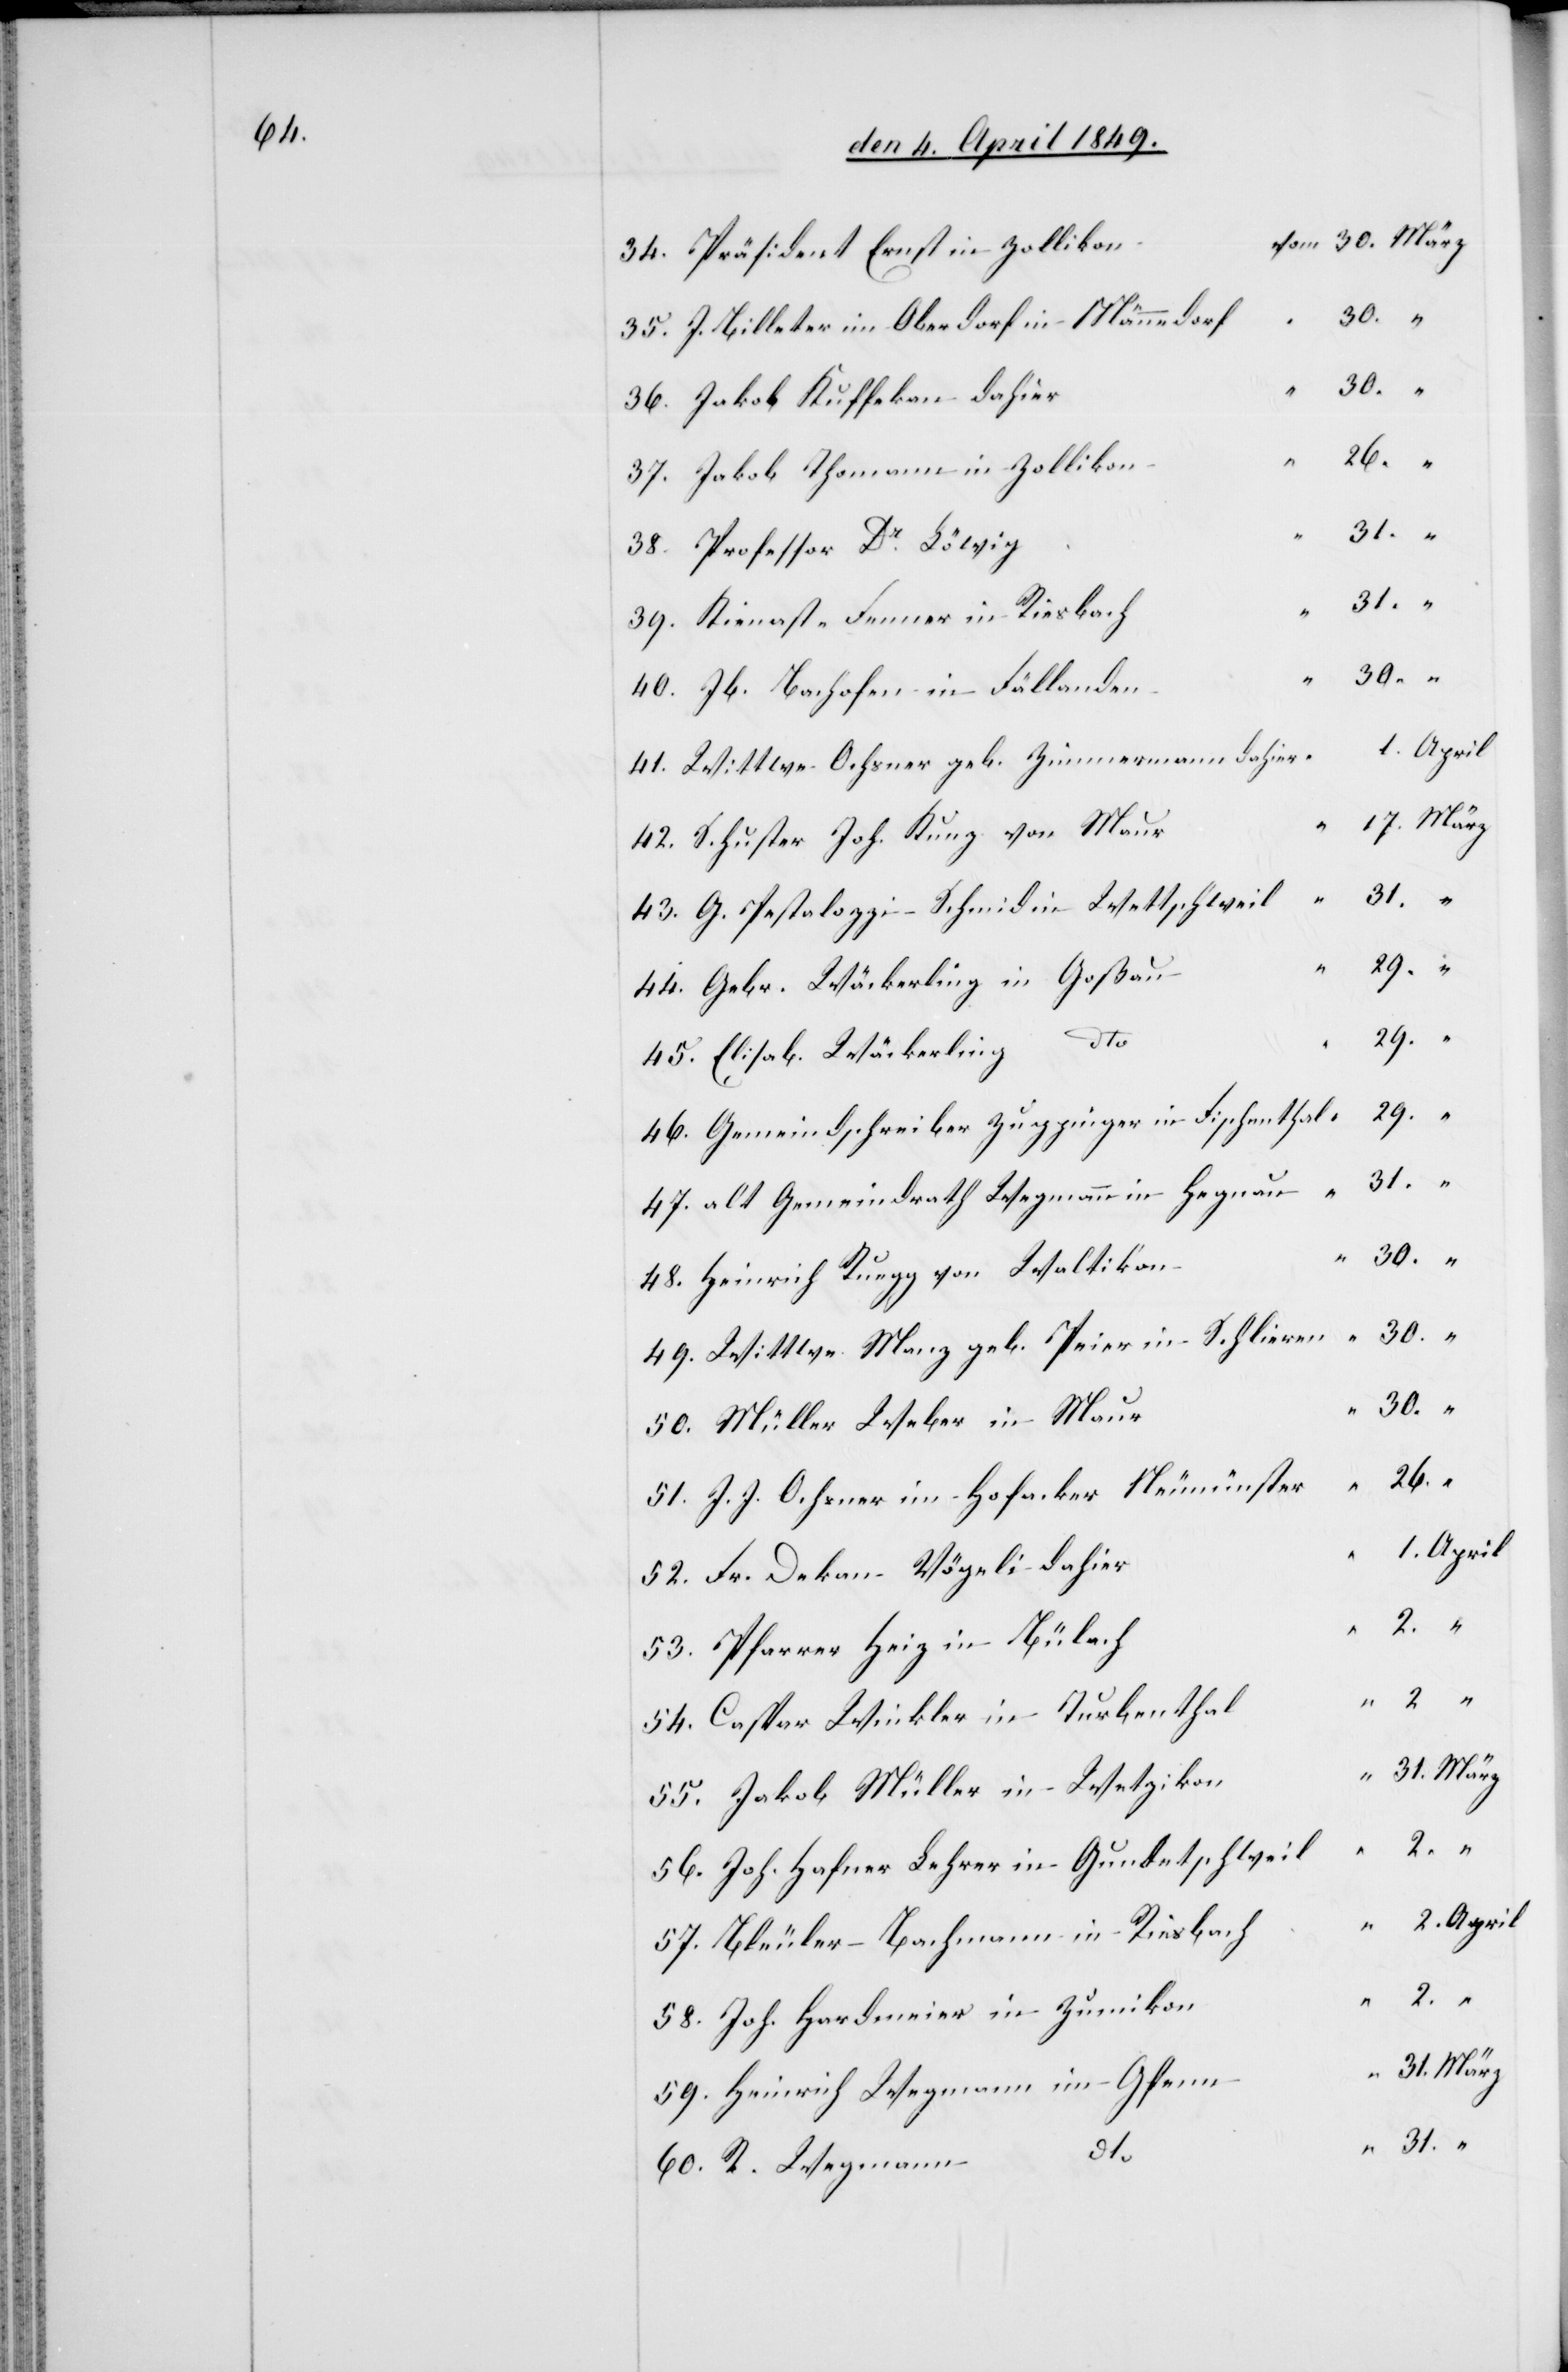
34. Präsident Ernst in Zolliko¬
35. J. Billeter in Oberdorf in Männedor¬
37. Jakob Thomann in Zolliko¬
39. Kienast-Fenner in Riesbac¬
40. Jb. Bachofen in Fällande¬
41. Wittwe Ochsner geb. Zimmermann dahie¬
42. Schuster Joh. Kunz von Mau¬
43. G. Pestalozzi in Schmid in Wettschwei¬
44. Gebr. Wäckerling in Goßa¬
45. Elisab. Wäkerling
46. Gemeindschreiber Zuppinger in Fischentha¬
47. alt Gemeindrath Wegmann in Hegna¬
48. Heinrich Ruegg von Waltiko¬
49. Wittwe Manz geb. Speier in Schliere¬
50. Müller Weber in
51. J. J. Ochsner im Hofanker Neumünste¬
52. Fr. Dekan Vögeli dahie¬
53. Pfarrer Heiz in Bülac¬
54. Caspar Winkler in Turbentha¬
55. Jakob Müller in Wetziko¬
56. Joh. Hafner Lehrer in Gundetschwei¬
57. Bleuler-Bachmann in Riesbac¬
58. Joh. Hardmeier in Zumiko¬
59. Heinrich Wegmann im Gfen¬
60. R. Wegmann

n	vom	30.	März
h	“	2.	April
n	“	2.		“
38.
u	“	29.
36.
n	“	31.	März